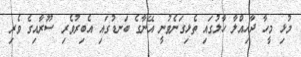
މުޅި މީހާ ދާހިއްލާ ހާލުގައި ތެޅިގަނެވުނީ އޭނާގެ ބަނޑުގައި އެބިރުވެރި ސޫރާއިގެ ވެރި